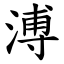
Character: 溥